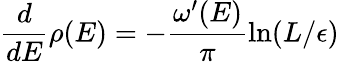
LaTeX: {\frac{d}{dE}}\rho(E)=-{\frac{\omega^{\prime}(E)}{\pi}}\mathrm{ln}(L/\epsilon)